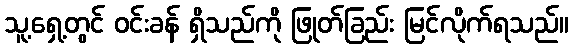
သူ့ရှေ့တွင် ဝင်းခန် ရှိသည်ကို ဖြုတ်ခြည်း မြင်လိုက်ရသည်။